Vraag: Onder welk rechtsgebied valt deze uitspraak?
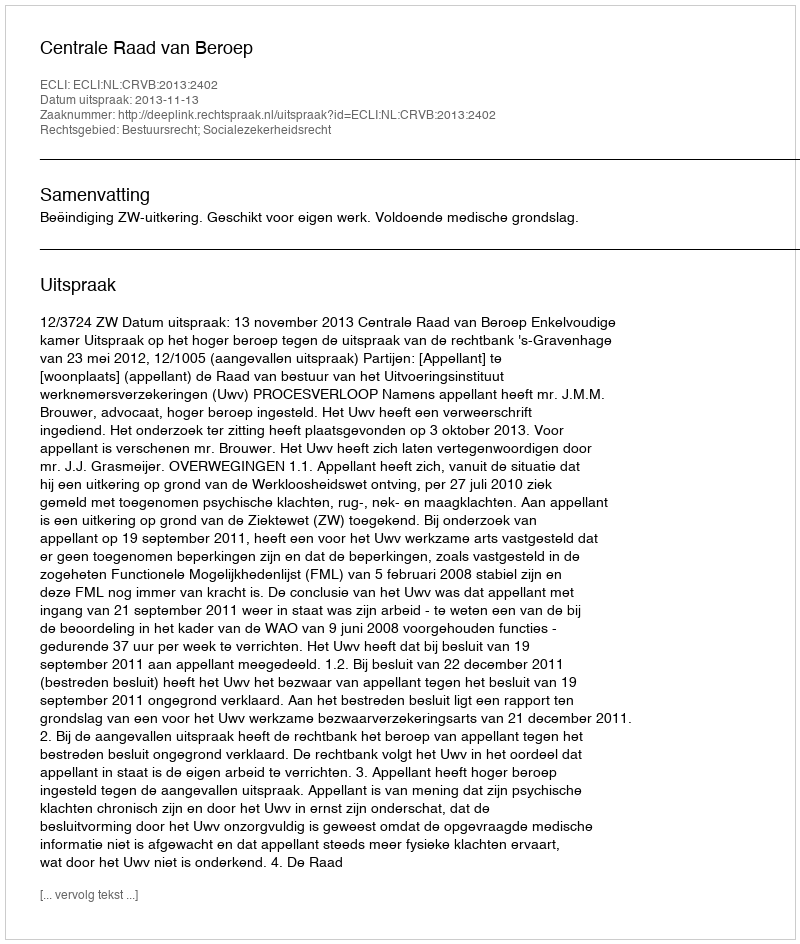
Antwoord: Bestuursrecht; Socialezekerheidsrecht